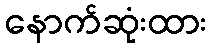
နောက်ဆုံးထား